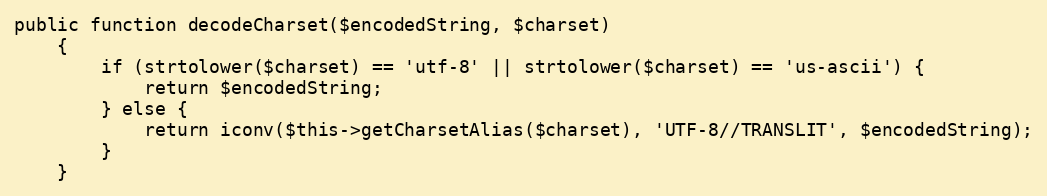
Language: PHP
public function decodeCharset($encodedString, $charset)
    {
        if (strtolower($charset) == 'utf-8' || strtolower($charset) == 'us-ascii') {
            return $encodedString;
        } else {
            return iconv($this->getCharsetAlias($charset), 'UTF-8//TRANSLIT', $encodedString);
        }
    }